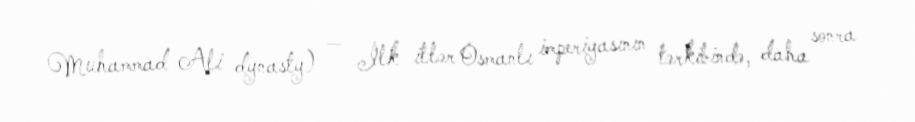
Muhammad Ali dynasty) — İlk illər Osmanlı imperiyasının tərkibində, daha sonra